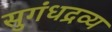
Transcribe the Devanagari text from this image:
सुगंधद्रव्य